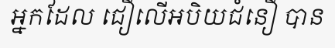
អ្នកដែល ជឿលើអបិយជំនឿ បាន